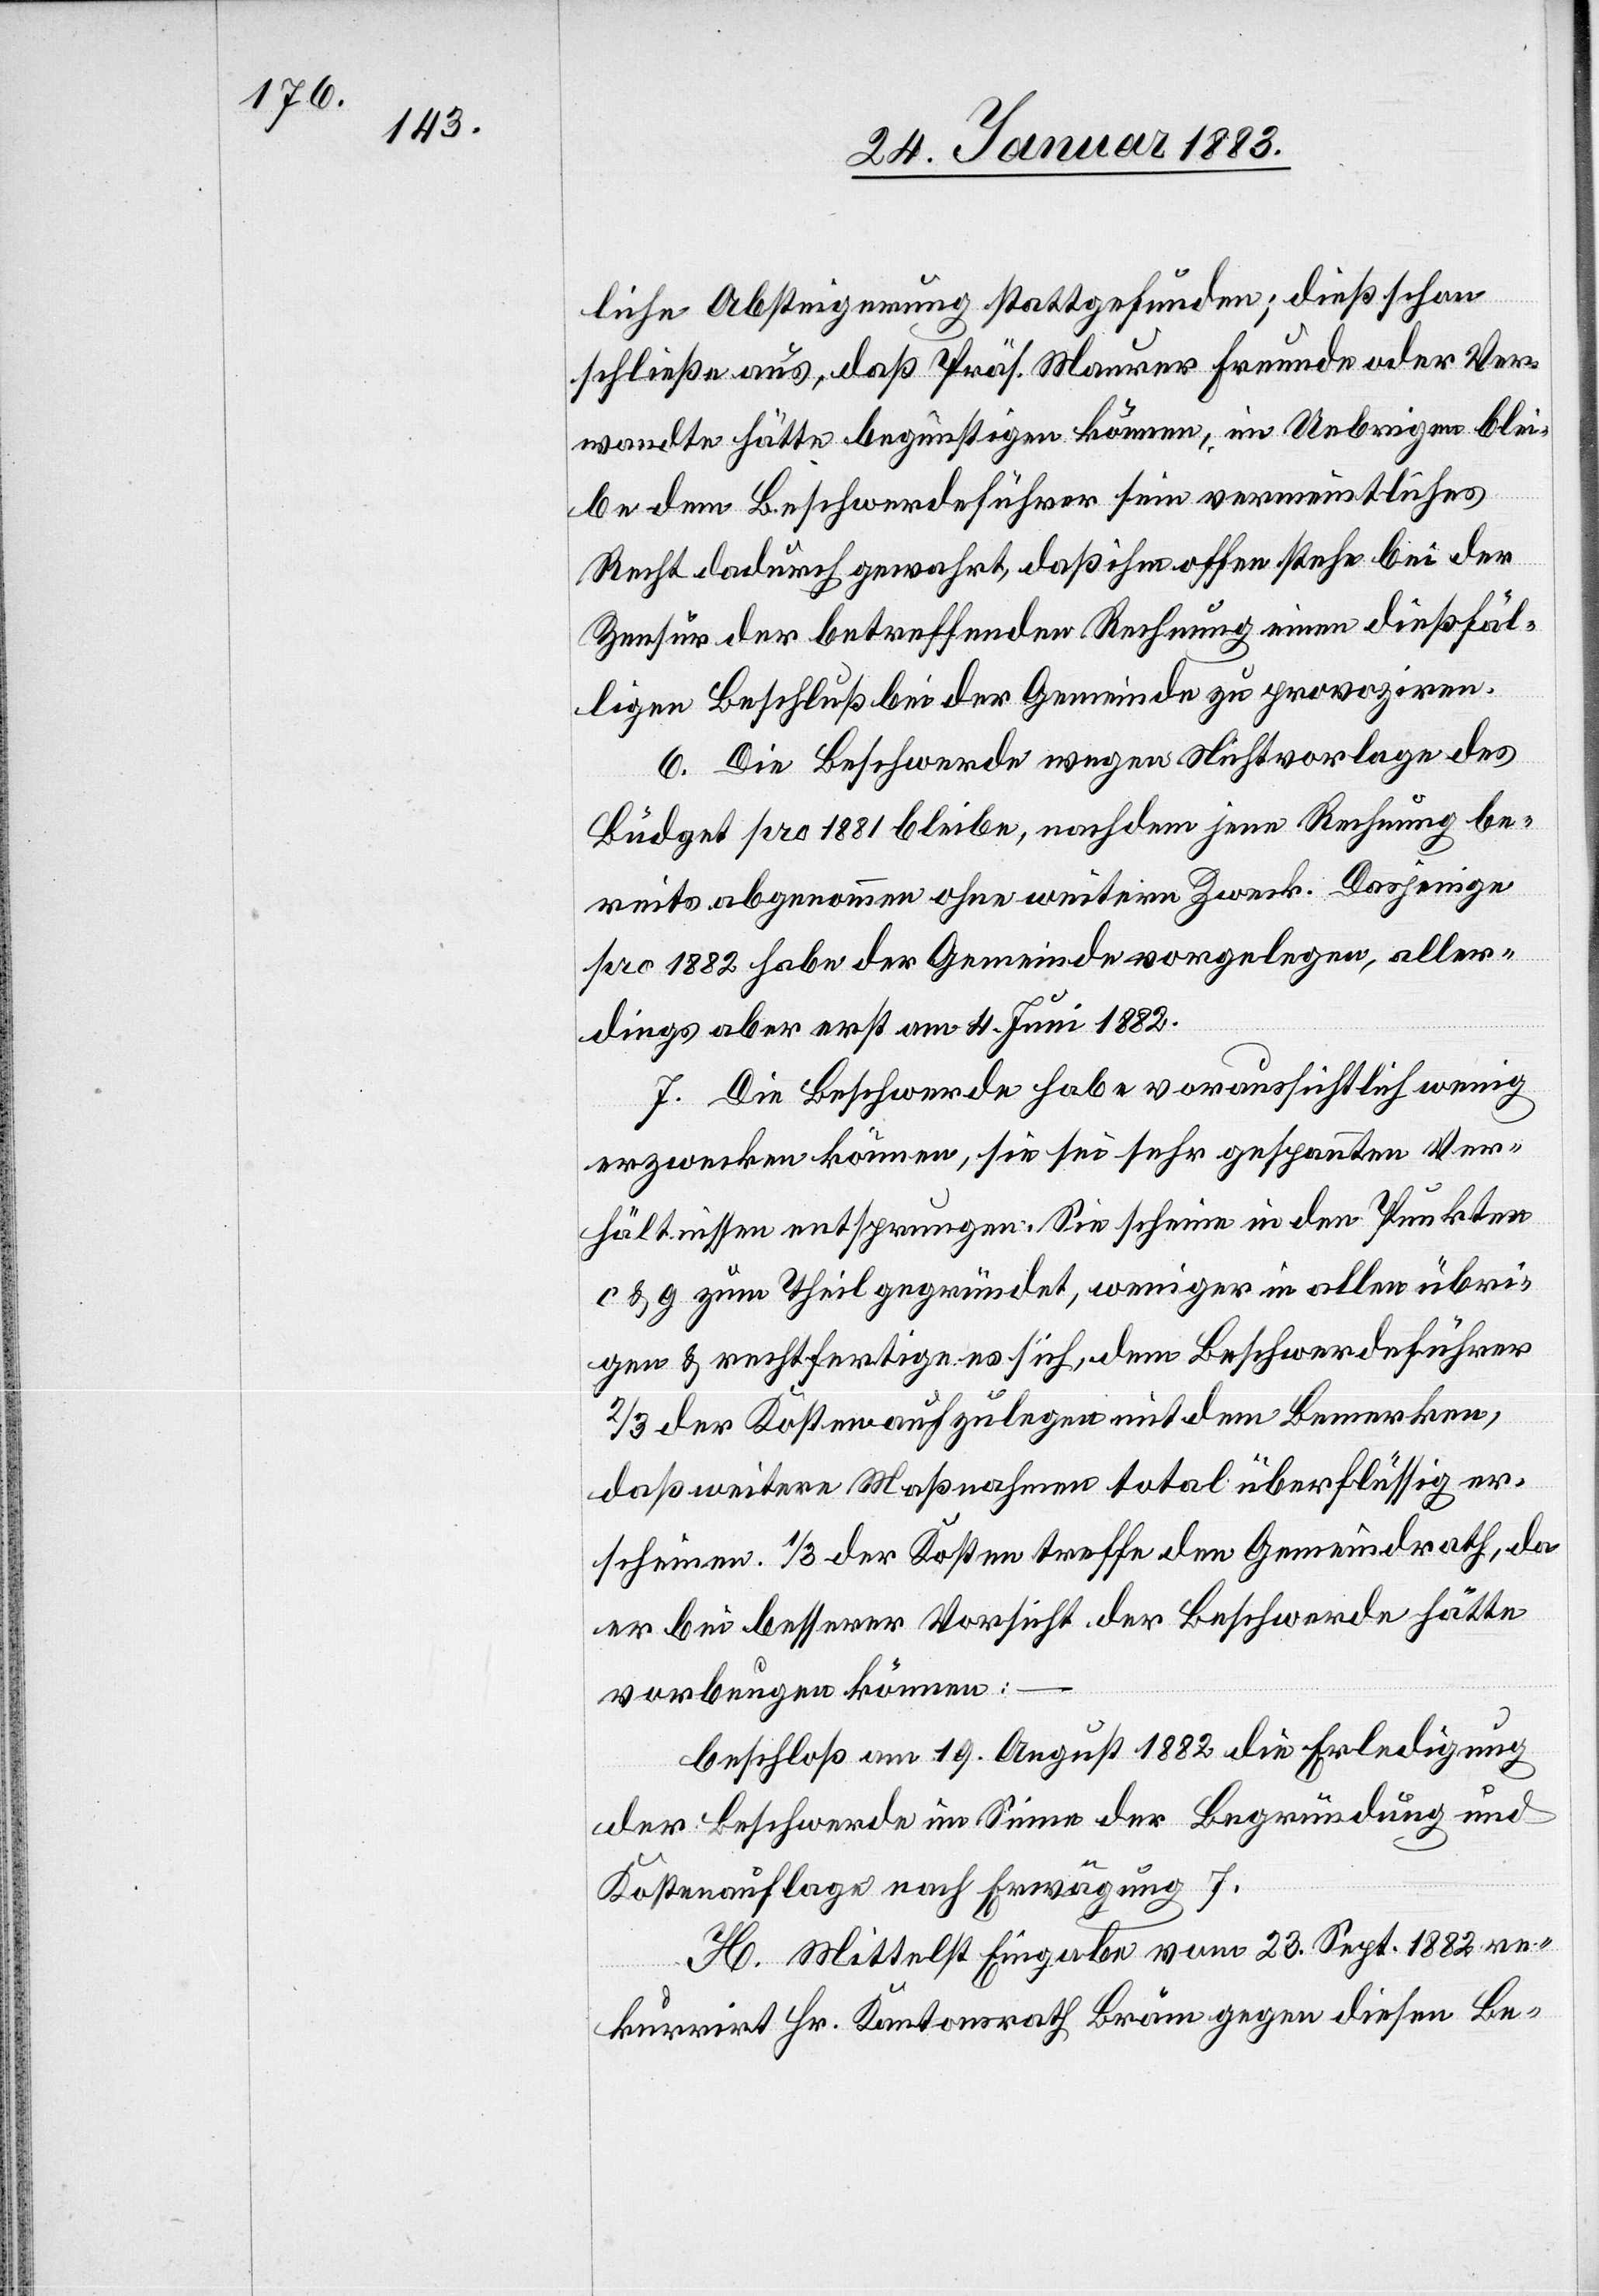
liche Absteigerung stattgefunden; dieß schon
schließe aus, daß Präs. Maurer Freunde oder Ver¬
wandte hätte begünstigen können, im Uebrigen blei¬
be dem Beschwerdeführer sein vermeintliches
Recht dadurch gewahrt, daß ihm offen stehe bei der
Zensur der betreffenden Rechnung einen dießfäl¬
ligen Beschluß bei der Gemeinde zu provoziren.
6. Die Beschwerde wegen Nichtvorlage des
Büdget pro 1881 bleibe, nachdem jene Rechnung be¬
reits abgenommen ohne weitern Zweck. Dasjenige
pro 1882 habe der Gemeinde vorgelegen, aller¬
dings aber erst am 4. Juni 1882.
7. Die Beschwerde habe voraussichtlich wenig
erzwecken können, sie sei sehr gespannten Ver¬
hältnissen entsprungen. Sie scheine in den Punkten
c & g zum Theil gegründet, weniger in allen übri¬
gen & rechtfertige es sich, dem Beschwerdeführer
2/3 der Kosten aufzulegen mit dem Bemerken,
daß weitere Maßnahmen total überflüssig er¬
scheinen. 1/3 der Kosten treffe den Gemeindrath, da
er bei besserer Vorsicht, der Beschwerde hätte
vorbeugen können;
beschloß am 19. August 1882 die Erledigung
der Beschwerde im Sinne der Begründung und
Kostenauflage nach Erwägung 7.
H. Mittelst Eingabe vom 23. Sept. 1882 re¬
kurrirt Hr. Kantonsrath Bräm gegen diesen Be-